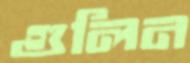
গুলিন